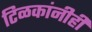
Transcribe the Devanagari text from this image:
टिळकांनीही